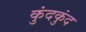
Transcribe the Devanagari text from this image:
कुंदकुंद